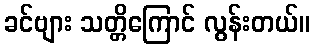
ခင်ဗျား သတ္တိကြောင် လွန်းတယ်။